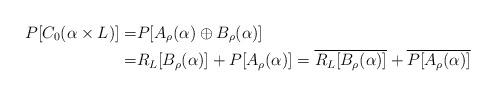
LaTeX: \begin{align*}P[C_0(\alpha\times L)]=& P[A_\rho(\alpha)\oplus B_\rho(\alpha)]\\ =& R_L[B_\rho(\alpha)]+P[A_\rho(\alpha)]=\overline{R_L[B_\rho(\alpha)]}+\overline{P[A_\rho(\alpha)]} \end{align*}